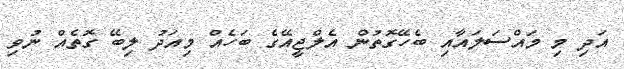
އަދި މި މައްސަލައާއި ބެހޭގޮތުން އެލްޖީއޭގެ ބަހެއް މިއަދު ލިބޭ ގޮތެއް ނުވި